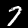
Digit: 7